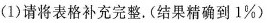
(1)请将表格补充完整。(结果精确到1%)